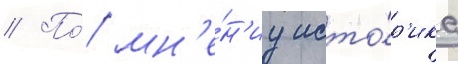
// По́ мн'е́н'иу исто́р'ика